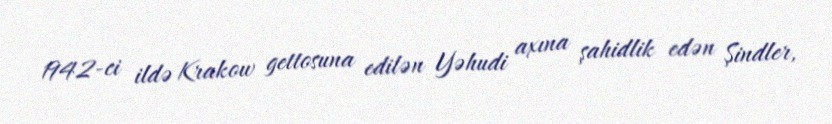
1942-ci ildə Krakow gettosuna edilən Yəhudi axına şahidlik edən Şindler,